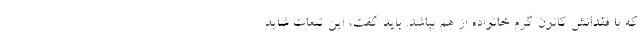
که با فقدانش کانون گرم خانواده از هم بپاشد. باید گفت، این تبعات شاید